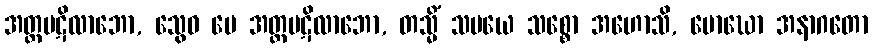
အတ္တပဋိလာဘော, သွေဝ မေ အတ္တပဋိလာဘော, တသ္မိံ သမယေ သစ္စော အဟောသိ, မောဃော အနာဂတော